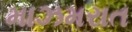
માઝમરાત